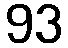
93